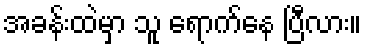
အခန်းထဲမှာ သူ ရောက်နေ ပြီလား။